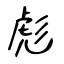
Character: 彪